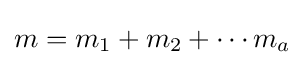
m=m_{1}+m_{2}+\cdots m_{a}